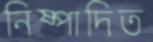
নিষ্পাদিত